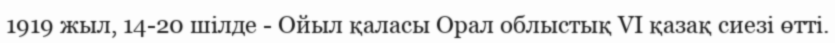
1919 жыл, 14-20 шілде - Ойыл қаласы Орал облыстық VI қазақ сиезі өтті.